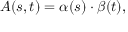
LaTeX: A ( s , t ) = \alpha ( s ) \cdot \beta ( t ) ,